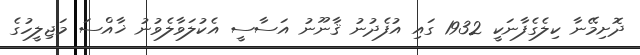
ދޮށިމޭނާ ކިލެގެފާނަކީ 1932 ގައި އުފެދުނު ޤާނޫނު އަސާސީ އެކުލަވާލެވުނު ޚާއްސަ މަޖިލީހުގެ